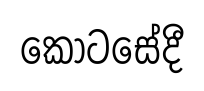
කොටසේදී